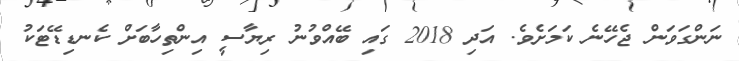
ނަންގަވަން ޖެހޭނެ ކަމަށެވެ. އަދި 2018 ގައި ބޭއްވުނު ރިޔާސީ އިންތިހާބަށް ކެނޑިޑޭޓަކު